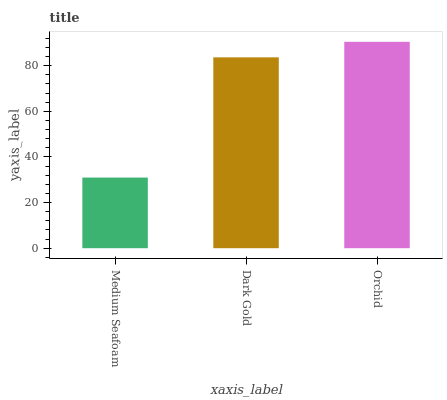
| xaxis_label | bars |
 | --- | --- |
 | Medium Seafoam | 31 |
 | Dark Gold | 83.6 |
 | Orchid | 90.4 |